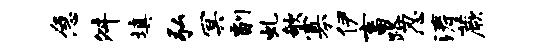
急舛填弘冥副虬欹寡伊畜路忍涛蕨